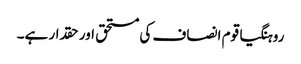
روہنگیا قوم انصاف کی مستحق اور حقدار ہے۔